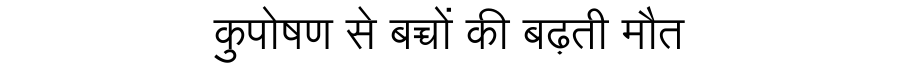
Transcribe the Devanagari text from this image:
कुपोषण से बच्चों की बढ़ती मौत